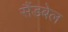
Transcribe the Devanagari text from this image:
सैंडबेल